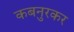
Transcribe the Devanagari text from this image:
कबनुरकर